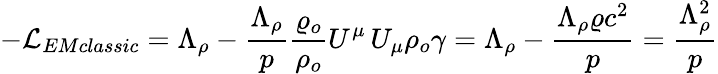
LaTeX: -\mathcal{L}_{EMclassic}=\Lambda_{\rho}-\frac{\Lambda_{\rho}}{p}\frac{\varrho_{o}}{\rho_{o}}U^{\mu}\, U_{\mu}\rho_{o}\gamma=\Lambda_{\rho}-\frac{\Lambda_{\rho}\varrho c^{2}}{p}=\frac{\Lambda_{\rho}^{2}}{p}